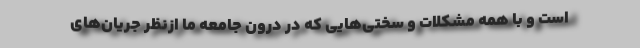
است و با همه مشکلات و سختی‌هایی که در درون جامعه ما ازنظر جریان‌های